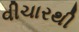
વીચારથી